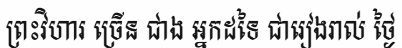
ព្រះវិហារ ច្រើន ជាង អ្នកដទៃ ជារៀងរាល់ ថ្ងៃ